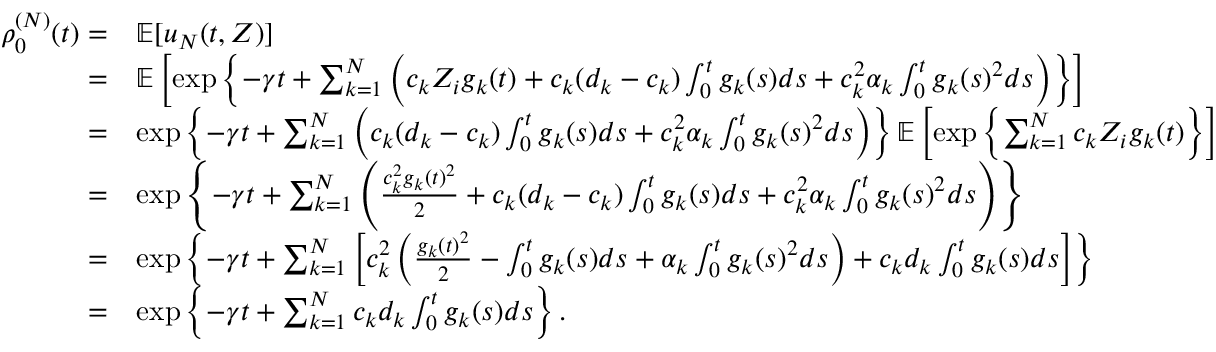
\begin{array} { r l } { \rho _ { 0 } ^ { ( N ) } ( t ) = } & { \mathbb { E } [ u _ { N } ( t , Z ) ] } \\ { = } & { \mathbb { E } \left[ \exp \left\{ - \gamma t + \sum _ { k = 1 } ^ { N } \left( c _ { k } Z _ { i } g _ { k } ( t ) + c _ { k } ( d _ { k } - c _ { k } ) \int _ { 0 } ^ { t } g _ { k } ( s ) d s + c _ { k } ^ { 2 } \alpha _ { k } \int _ { 0 } ^ { t } g _ { k } ( s ) ^ { 2 } d s \right) \right\} \right] } \\ { = } & { \exp \left\{ - \gamma t + \sum _ { k = 1 } ^ { N } \left( c _ { k } ( d _ { k } - c _ { k } ) \int _ { 0 } ^ { t } g _ { k } ( s ) d s + c _ { k } ^ { 2 } \alpha _ { k } \int _ { 0 } ^ { t } g _ { k } ( s ) ^ { 2 } d s \right) \right\} \mathbb { E } \left[ \exp \left\{ \sum _ { k = 1 } ^ { N } c _ { k } Z _ { i } g _ { k } ( t ) \right\} \right] } \\ { = } & { \exp \left\{ - \gamma t + \sum _ { k = 1 } ^ { N } \left( \frac { c _ { k } ^ { 2 } g _ { k } ( t ) ^ { 2 } } { 2 } + c _ { k } ( d _ { k } - c _ { k } ) \int _ { 0 } ^ { t } g _ { k } ( s ) d s + c _ { k } ^ { 2 } \alpha _ { k } \int _ { 0 } ^ { t } g _ { k } ( s ) ^ { 2 } d s \right) \right\} } \\ { = } & { \exp \left\{ - \gamma t + \sum _ { k = 1 } ^ { N } \left[ c _ { k } ^ { 2 } \left( \frac { g _ { k } ( t ) ^ { 2 } } { 2 } - \int _ { 0 } ^ { t } g _ { k } ( s ) d s + \alpha _ { k } \int _ { 0 } ^ { t } g _ { k } ( s ) ^ { 2 } d s \right) + c _ { k } d _ { k } \int _ { 0 } ^ { t } g _ { k } ( s ) d s \right] \right\} } \\ { = } & { \exp \left\{ - \gamma t + \sum _ { k = 1 } ^ { N } c _ { k } d _ { k } \int _ { 0 } ^ { t } g _ { k } ( s ) d s \right\} . } \end{array}